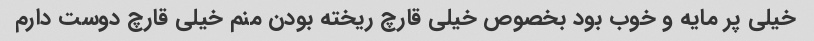
خیلی پر مایه و خوب بود بخصوص خیلی قارچ ریخته بودن منم خیلی قارچ دوست دارم